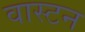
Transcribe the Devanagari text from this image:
वास्टन